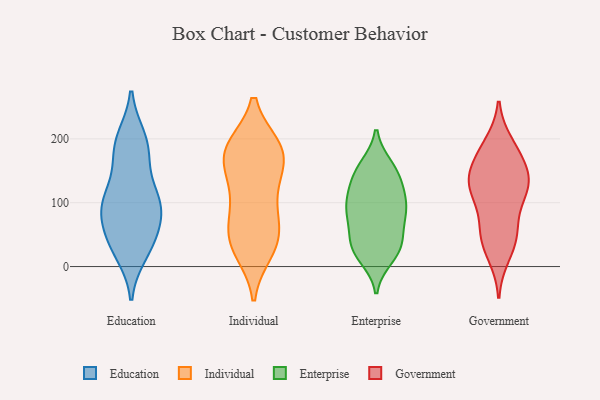
{"axis": {"x": "Waste Production (Tons)", "y": "Value"}, "legend": ["Education", "Enterprise", "Government", "Individual"], "data": [{"x": "", "y": 88, "type": "Education"}, {"x": "", "y": 40, "type": "Education"}, {"x": "", "y": 190, "type": "Education"}, {"x": "", "y": 42, "type": "Education"}, {"x": "", "y": 23, "type": "Education"}, {"x": "", "y": 167, "type": "Education"}, {"x": "", "y": 110, "type": "Education"}, {"x": "", "y": 188, "type": "Education"}, {"x": "", "y": 39, "type": "Education"}, {"x": "", "y": 84, "type": "Education"}, {"x": "", "y": 100, "type": "Education"}, {"x": "", "y": 101, "type": "Education"}, {"x": "", "y": 101, "type": "Education"}, {"x": "", "y": 199, "type": "Education"}, {"x": "", "y": 37, "type": "Individual"}, {"x": "", "y": 132, "type": "Individual"}, {"x": "", "y": 100, "type": "Individual"}, {"x": "", "y": 175, "type": "Individual"}, {"x": "", "y": 186, "type": "Individual"}, {"x": "", "y": 63, "type": "Individual"}, {"x": "", "y": 25, "type": "Individual"}, {"x": "", "y": 34, "type": "Individual"}, {"x": "", "y": 186, "type": "Individual"}, {"x": "", "y": 184, "type": "Individual"}, {"x": "", "y": 176, "type": "Individual"}, {"x": "", "y": 130, "type": "Individual"}, {"x": "", "y": 44, "type": "Individual"}, {"x": "", "y": 78, "type": "Individual"}, {"x": "", "y": 173, "type": "Individual"}, {"x": "", "y": 43, "type": "Enterprise"}, {"x": "", "y": 15, "type": "Enterprise"}, {"x": "", "y": 153, "type": "Enterprise"}, {"x": "", "y": 157, "type": "Enterprise"}, {"x": "", "y": 132, "type": "Enterprise"}, {"x": "", "y": 91, "type": "Enterprise"}, {"x": "", "y": 24, "type": "Enterprise"}, {"x": "", "y": 72, "type": "Enterprise"}, {"x": "", "y": 36, "type": "Enterprise"}, {"x": "", "y": 83, "type": "Enterprise"}, {"x": "", "y": 36, "type": "Enterprise"}, {"x": "", "y": 130, "type": "Enterprise"}, {"x": "", "y": 24, "type": "Enterprise"}, {"x": "", "y": 151, "type": "Enterprise"}, {"x": "", "y": 103, "type": "Enterprise"}, {"x": "", "y": 113, "type": "Enterprise"}, {"x": "", "y": 86, "type": "Enterprise"}, {"x": "", "y": 88, "type": "Enterprise"}, {"x": "", "y": 126, "type": "Government"}, {"x": "", "y": 191, "type": "Government"}, {"x": "", "y": 180, "type": "Government"}, {"x": "", "y": 121, "type": "Government"}, {"x": "", "y": 175, "type": "Government"}, {"x": "", "y": 131, "type": "Government"}, {"x": "", "y": 159, "type": "Government"}, {"x": "", "y": 76, "type": "Government"}, {"x": "", "y": 115, "type": "Government"}, {"x": "", "y": 131, "type": "Government"}, {"x": "", "y": 133, "type": "Government"}, {"x": "", "y": 51, "type": "Government"}, {"x": "", "y": 46, "type": "Government"}, {"x": "", "y": 18, "type": "Government"}, {"x": "", "y": 43, "type": "Government"}]}